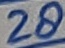
Text: 28